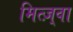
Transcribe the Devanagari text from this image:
मित्ज़्वा